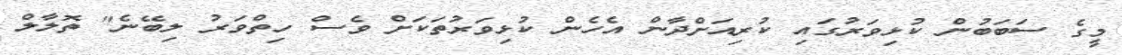
މީގެ ސަބަބުން ކުޅިވަރުގައި ކުރިއަށްދާން އެހެން ކުޅިވަރުތަކަށް ވެސް ހިތްވަރު ލިބޭނެ" ތޮލާލް